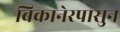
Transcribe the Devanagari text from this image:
बिकानेरपासुन